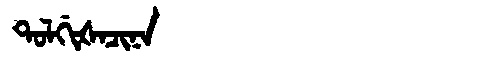
Manchu: ᡨᠣᠯᡤᡳᡧᠠᠴᡳᠨᠠ
Romanization: TOLGIŠACINA